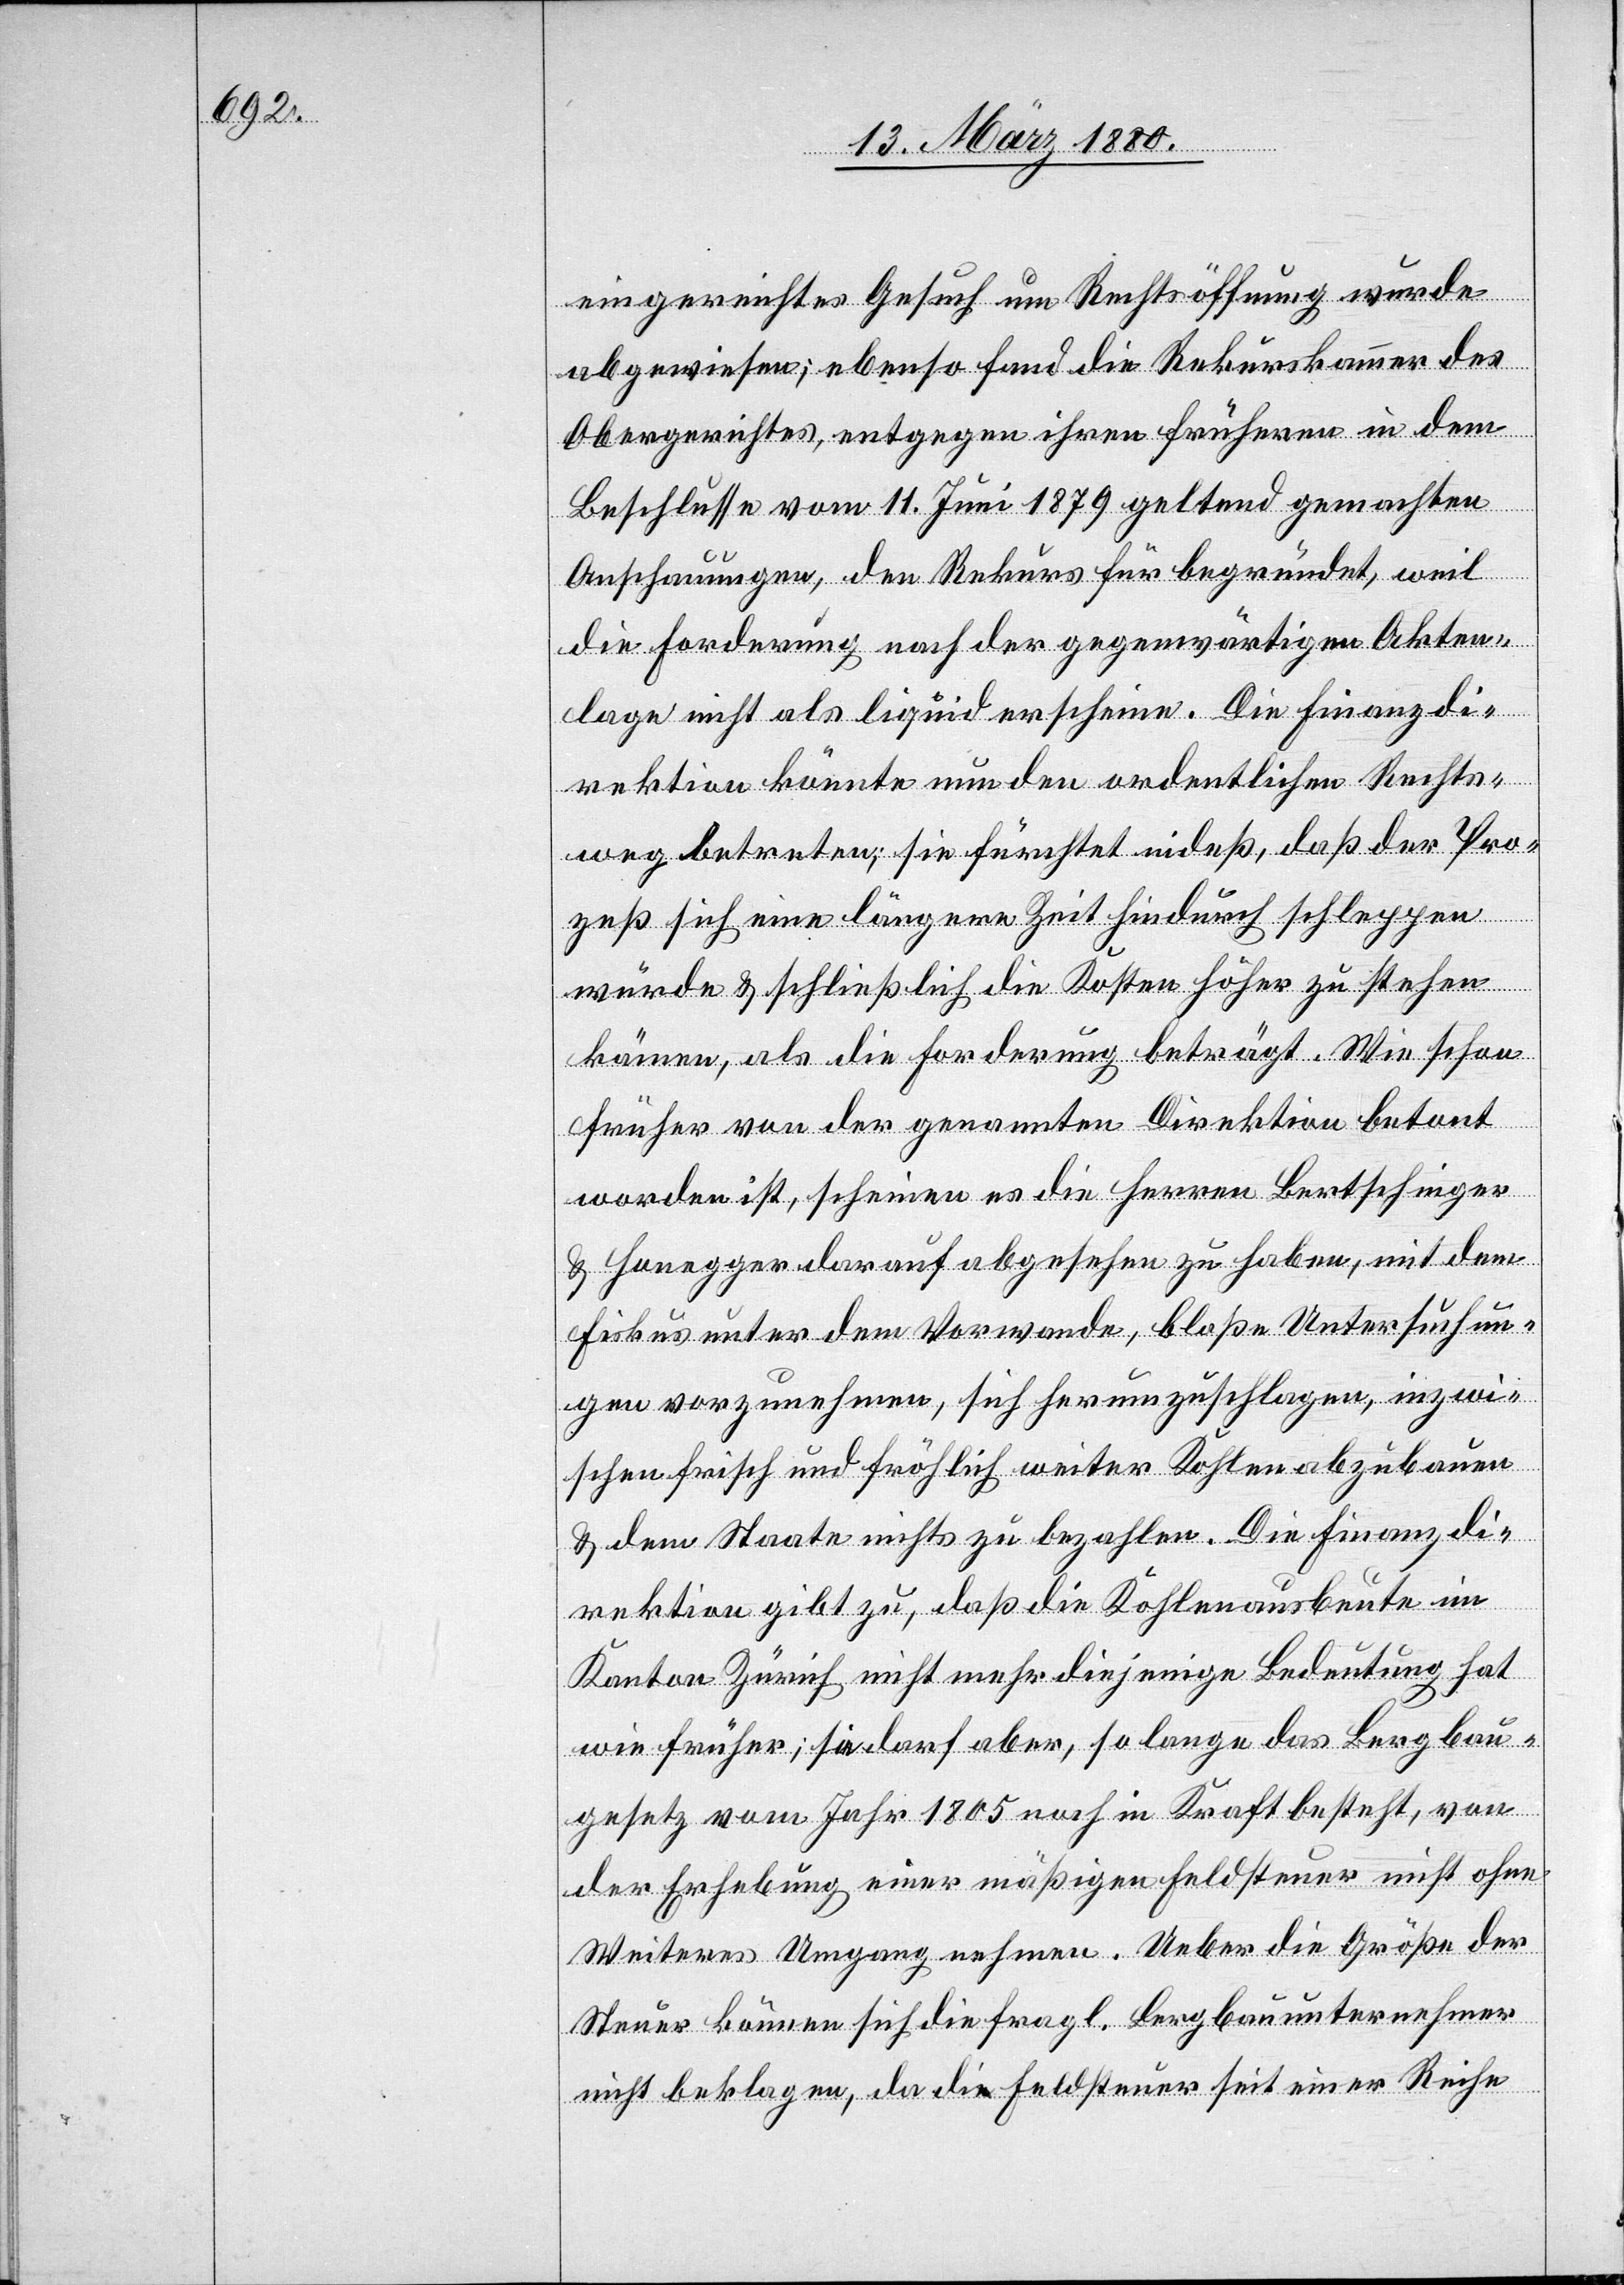
eingereichtes Gesuch um Rechtsöffnung wurde
abgewiesen; ebenso fand die Rekurskammer des
Obergerichtes, entgegen ihren früheren in dem
Beschlusse vom11. Juni 1879 geltend gemachten
Anschauungen, den Rekurs für begründet, weil
die Forderung nach der gegenwärtigen Akten¬
lage nicht als liquid erscheine. Die Finanzdi¬
rektion könnte nun den ordentlichen Rechts¬
weg betreten; sie fürchtet indeß, daß der Pro¬
zeß sich eine längere Zeit hindurch schleppen
würde & schließlich die Kosten höher zu stehen
kämen, als die Forderung beträgt. Wie schon
früher von der genannten Direktion betont
worden ist, scheinen es die Herren Bertschinger
& Honegger darauf abgesehen zu haben, mit dem
Fiskus unter dem Vorwande, bloße Untersuchun¬
gen vorzunehmen, sich herumzuschlagen, inzwi¬
schen frisch und fröhlich weiter Kohlen abzubauen
& dem Staate nichts zu bezahlen. Die Finanzdi¬
rektion gibt zu, daß die Kohlenausbeute im
Kanton Zürich nicht mehr diejenige Bedeutung hat
wie früher; sie darf aber, so lange das Bergbau¬
gesetz vom Jahr 1805 noch in Kraft besteht, von
der Erhebung einer mäßigen Feldsteuer nicht ohne
Weiteres Umgang nehmen. Ueber die Größe der
Steuer können sich die fragl. Bergbauunternehmer
nicht beklagen, da die Feldsteuer seit einer Reihe